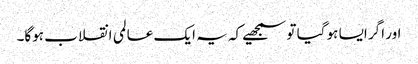
اور اگر ایسا ہو گیا تو سمجھیے کہ یہ ایک عالمی انقلاب ہوگا۔